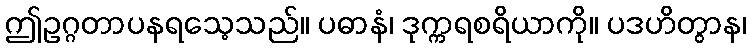
ဤဥဂ္ဂတာပနရသေ့သည်။ ပဓာနံ၊ ဒုက္ကရစရိယာကို။ ပဒဟိတွာန၊